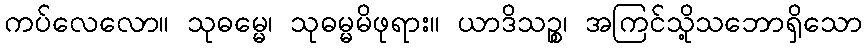
ကပ်လေလော။ သုဓမ္မေ၊ သုဓမ္မမိဖုရား။ ယာဒိသဉ္စ၊ အကြင်သို့သဘောရှိသော